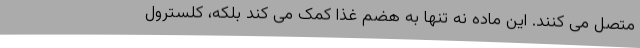
متصل می کنند. این ماده نه تنها به هضم غذا کمک می کند بلکه، کلسترول